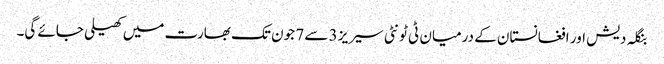
بنگلہ دیش اور افغانستان کے درمیان ٹی ٹونٹی سیریز 3 سے 7 جون تک بھارت میں کھیلی جائے گی۔